Medical and sanitary report on the native army of Bombay for the year
Year: 1877
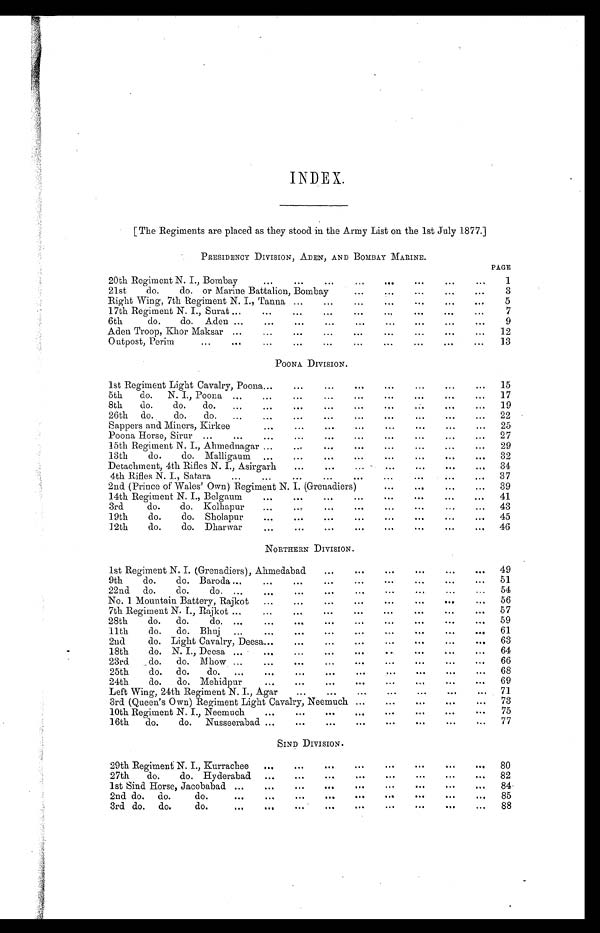
INDEX.
[The Regiments are placed as they stood in the Army List on the 1st July 1877.]
PRESIDENCY DIVISION, ADEN, AND BOMBAY MARINE.
PAGE
20th Regiment N. I., Bombay
... ... ...
...
...
. . .
. . .
...
1
21st do. do. or Marine Battalion, Bombay
. . .
. . .
. . .
. . .
...
3
Right Wing, 7th Regiment N. I., Tanna ...
...
...
...
. . .
...
...
5
17th Regiment N. I., Surat ...
...
...
...
. . .
. . .
...
. . .
...
7
6th do. do. Aden ...
... ... ...
. . .
...
. . .
. . .
...
9
Aden Troop, Khor Maksar ...
...
... ...
. . .
. . .
...
...
...
12
Outpost, Perim
...
... ... ... ...
. . .
. . .
. . .
. . .
...
13
POONA DIVISION.
1st Regiment Light Cavalry, Poona...
...
...
...
. . .
...
. . .
. . .
15
5th do. N. I., Poona ...
...
...
...
...
. . .
. . .
...
. . .
17
8th do. do. do.
...
...
...
...
...
. . .
. . .
. . .
. . .
19
26th do. do. do.
...
...
...
...
...
. . .
...
...
...
22
Sappers and Miners, Kirkee
...
...
...
...
...
. . .
. . .
...
25
Poona Horse, Sirur ...
... ... ...
...
...
. . .
. . .
. . .
. . .
27
15th Regiment N. I., Ahmednagar ...
...
... ...
. . .
. . .
...
...
29
13th do. do. Malligaum ... ... ... ...
. . .
...
. . .
. . .
32
Detachment, 4th Rifles N. I., Asirgarh
...
...
...
...
. . .
. . .
. . .
34
14th Rifles N. I., Satara ... ... ... ... ...
...
. . .
. . .
. . .
37
2nd. (Prince of Wales' Own) Regiment N. I. (Grenadiers)
...
...
...
. . .
39
14th Regiment N. I., Belgaum
... ... ... ...
...
. . .
. . .
. . .
41
3rd do. do. Kolhapur
... ...
...
...
. . .
. . .
. . .
. . .
43
19th do. do. Sholapur
...
... ... ...
...
. . .
. . .
...
45
12th do. do. Dharwar
...
... ... ...
. . .
. . .
. . .
. . .
46
NORTHERN DIVISION.
1st Regiment N. I. (Grenadiers), Ahmedabad
...
. . .
. . .
. . .
. . .
. . .
49
9th do. do. Baroda ...
... ...
...
. . .
. . .
. . .
. . .
. . .
51
22nd do. do. do. ...
...
... ...
. . .
. . .
. . .
. . .
...
54
No. 1 Mountain Battery, Rajkot
...
...
...
. . .
. . .
. . .
. . .
. . .
56
7th Regiment N. I., Rajkot ...
... ... ...
. . .
. . .
. . .
. . .
. . .
57
28th do. do. do. ...
...
... ...
. . .
. . .
. . .
. . .
...
59
11th do. do. Bhuj
...
...
... ...
. . .
. . .
. . .
. . .
...
61
2nd do. Light Cavalry, Deesa...
... ...
. . .
. . .
. . .
. . .
...
63
18th do. N. I., Deesa ...
... ..
.
...
. . .
. . .
. . .
. . .
. . .
64
23rd do. do. Mhow ...
... ... ...
...
...
. . .
. . .
. . .
66
25th do. do. do.
...
...
...
...
. . .
...
...
. . .
...
68
24th do. do. Mehidpur
... ... ...
...
...
...
. . .
...
69
Left Wing, 24th Regiment N. I., Agar
... ...
. . .
...
. . .
...
. . .
71
3rd (Queen's Own) Regiment Light Cavalry, Neemuch ...
. . .
...
. . .
. . .
73
10th Regiment N. I., Neemuch
... ... ...
. . .
. . .
. . .
. . .
. . .
75
16th do. do. Nusseerabad ...
... ...
. . .
...
. . .
. . .
. . .
77
SIND DIVISION.
29th Regiment N. I., Kurrachee
. . .
...
. . .
. . .
. . .
. . .
. . .
. . .
80
27th do. do. Hyderabad
. . .
...
. . .
. . .
. . .
. . .
. . .
. . .
82
1st Sind Horse, Jacobabad ...
. . .
...
. . .
...
. . .
. . .
. . .
. . .
84
2nd. do. do. do.
...
. . .
...
. . .
. . .
. . .
. . .
. . .
...
85
3rd do. do. do.
...
. . .
...
. . .
. . .
...
. . .
...
. . .
88